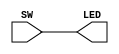
module OBUF8(input [7:0] SW, output wire [7:0] LED); assign LED = {SW}; endmodule